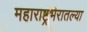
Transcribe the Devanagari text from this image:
महाराष्ट्रभरातल्या